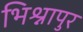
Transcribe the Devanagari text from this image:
भिश्नापुर